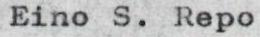
Eino S. Repo